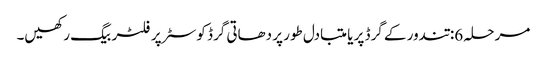
مرحلہ 6: تندور کے گرڈ پر یا متبادل طور پر دھاتی گرڈ کوسٹر پر فلٹر بیگ رکھیں۔